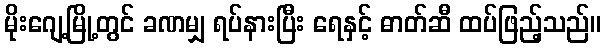
မိုးဂျေ့မြို့တွင် ခဏမျှ ရပ်နားပြီး ရေနှင့် ဓာတ်ဆီ ထပ်ဖြည့်သည်။